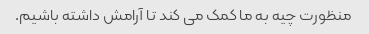
منظورت چیه به ما کمک می کند تا آرامش داشته باشیم.